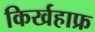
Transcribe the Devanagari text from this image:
किर्खहाफ्र